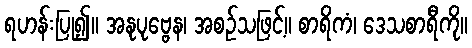
ရဟန်းပြု၍။ အနုပုဗ္ဗေန၊ အစဉ်သဖြင့်။ စာရိကံ၊ ဒေသစာရီကို။